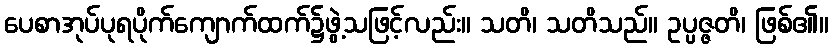
ပေစာအုပ်ပုရပိုက်ကျောက်ထက်၌ဖွဲ့သဖြင့်လည်း။ သတိ၊ သတိသည်။ ဥပ္ပဇ္ဇတိ၊ ဖြစ်၏။